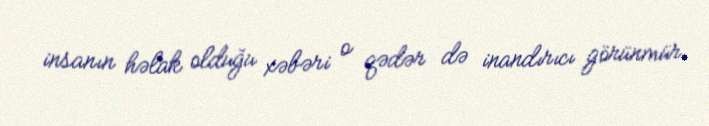
insanın həlak olduğu xəbəri o qədər də inandırıcı görünmür.